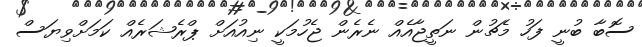
ސޮބާ ބުނީ ފަހު މެޗުން ނަތީޖާއެއް ނެރެން ޖެހުމަކީ ނިއުއަށް ޕްރެޝަރެއް ކަމަށްވިޔަސް